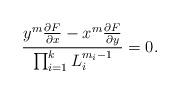
LaTeX: \begin{align*}\frac{y^m \frac{\partial F}{\partial x}- x^m \frac{\partial F}{\partial y}}{\prod_{i=1}^k L_i^{m_i-1}}=0. \end{align*}